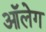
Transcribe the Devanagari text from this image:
आॅलेग